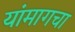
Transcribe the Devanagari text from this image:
यांमागचा